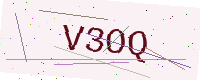
Text: V3OQ